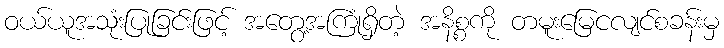
ဝယ်ယူအသုံးပြုခြင်းဖြင့် အတွေ့အကြုံရှိတဲ့ အနိစ္စကို တမူးမြေငလျင်စခန်းမှ